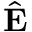
\hat { { \bf E } }